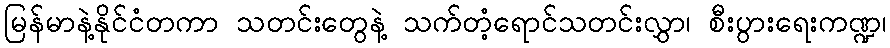
မြန်မာနဲ့နိုင်ငံတကာ သတင်းတွေနဲ့ သက်တံ့ရောင်သတင်းလွှာ၊ စီးပွားရေးကဏ္ဍ၊